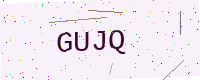
Text: GUJQ